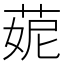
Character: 𦲁